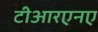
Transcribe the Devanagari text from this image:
टीआरएनए